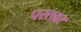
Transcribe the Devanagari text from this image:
परतवर